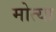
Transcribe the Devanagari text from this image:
मोत्या